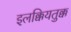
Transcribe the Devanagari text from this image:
इलक्कियतुक्क